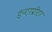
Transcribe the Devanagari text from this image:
इन्टरप्रीटर